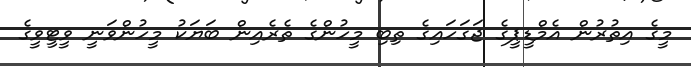
މީގެ އިތުރުން އެމްޑީޕީގެ ޖަގަހައިގެ ތިބި މީހުންގެ ތެރެއިން ބަޔަކު މީހުންވަނީ ވީޓީވީގެ